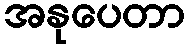
အနုပေတာ